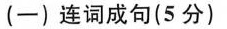
（一）连词成句（5分）